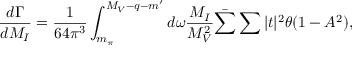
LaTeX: \frac { d \Gamma } { d M _ { I } } = \frac { 1 } { 6 4 \pi ^ { 3 } } \int _ { m _ { \pi } } ^ { M _ { V } - q - m ^ { \prime } } d \omega \frac { M _ { I } } { M _ { V } ^ { 2 } } \bar { \sum } \sum | t | ^ { 2 } \theta ( 1 - A ^ { 2 } ) ,